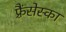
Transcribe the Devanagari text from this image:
फ़्रैंसेस्का